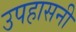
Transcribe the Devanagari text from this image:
उपहासनी